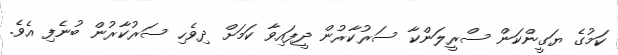
ކަމުގެ ޔަގީންކަން ސްރީލަންކާ ސަރުކާރުން ދީފައިވާ ކަމަށް ދިވެހި ސަރުކާރުން ބުނެފި އެވެ.